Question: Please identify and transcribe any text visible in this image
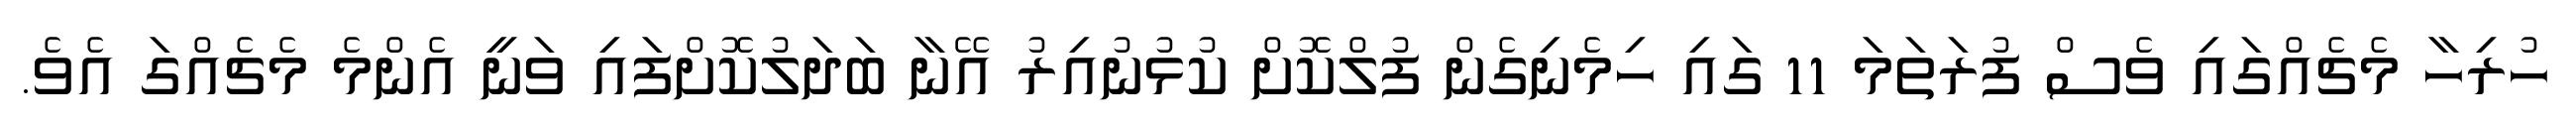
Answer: ހުރިހާ މެޗެއްގައި ވެސް ފުރަތަމަ 11 ގައި ހިމެނިގެން ފުލްކޮށް ކުޅުނުއިރު އޭނާ ބަދަލުކޮށްފައި ވަނީ އެންމެ މެޗެއްގަ އެވެ.